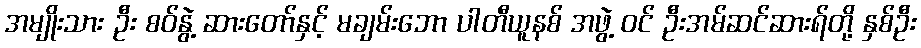
အမျိုးသား ဦး စဝ်နွဲ့ ဆားတော်နှင့် မချမ်းဘော ပါတီယူနစ် အဖွဲ့ ဝင် ဦးအမ်ဆင်ဆားရ်တို့ နှစ်ဦး